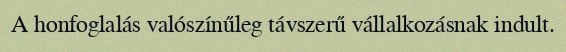
A honfoglalás valószínűleg távszerű vállalkozásnak indult.